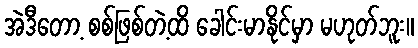
အဲဒီတော့ စစ်ဖြစ်တဲ့ထိ ခေါင်းမာနိုင်မှာ မဟုတ်ဘူး။